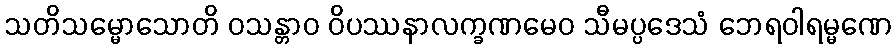
သတိသမ္မောသောတိ ဝသန္တာဝ ဝိပဿနာလက္ခဏမေဝ သီမပ္ပဒေသံ ဘေရဝါရမ္မဏေ